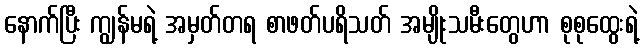
နောက်ပြီး ကျွန်မရဲ့ အမှတ်တရ စာဖတ်ပရိသတ် အမျိုးသမီးတွေဟာ စုစုထွေးရဲ့